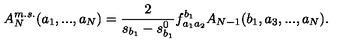
A _ { N } ^ { m . s . } ( a _ { 1 } , . . . , a _ { N } ) = \frac { 2 } { s _ { b _ { 1 } } - s _ { b _ { 1 } } ^ { 0 } } f _ { a _ { 1 } a _ { 2 } } ^ { b _ { 1 } } A _ { N - 1 } ( b _ { 1 } , a _ { 3 } , . . . , a _ { N } ) .